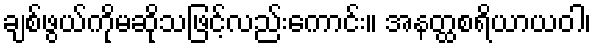
ချစ်ဖွယ်ကိုမဆိုသဖြင့်လည်းကောင်း။ အနတ္ထစရိယာယဝါ၊